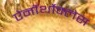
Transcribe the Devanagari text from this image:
ऐनॉर्थोक्लेस